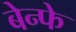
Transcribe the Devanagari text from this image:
बेन्फे